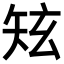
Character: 𥎸